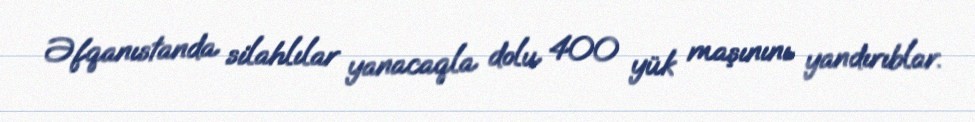
Əfqanıstanda silahlılar yanacaqla dolu 400 yük maşınını yandırıblar.